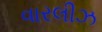
વારલીઝ